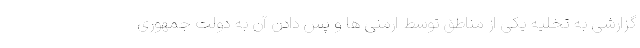
گزارشی به تخلیه یکی از مناطق توسط ارمنی ها و پس دادن آن به دولت جمهوری